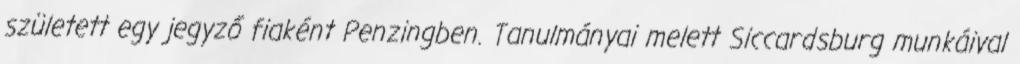
született egy jegyző fiaként Penzingben. Tanulmányai melett Siccardsburg munkáival